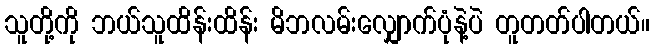
သူတို့ကို ဘယ်သူထိန်းထိန်း မိဘလမ်းလျှောက်ပုံနဲ့ပဲ တူတတ်ပါတယ်။